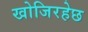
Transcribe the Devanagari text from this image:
खोजिरहेछ